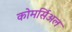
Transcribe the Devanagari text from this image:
कोमर्सिअल